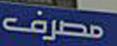
مصرف